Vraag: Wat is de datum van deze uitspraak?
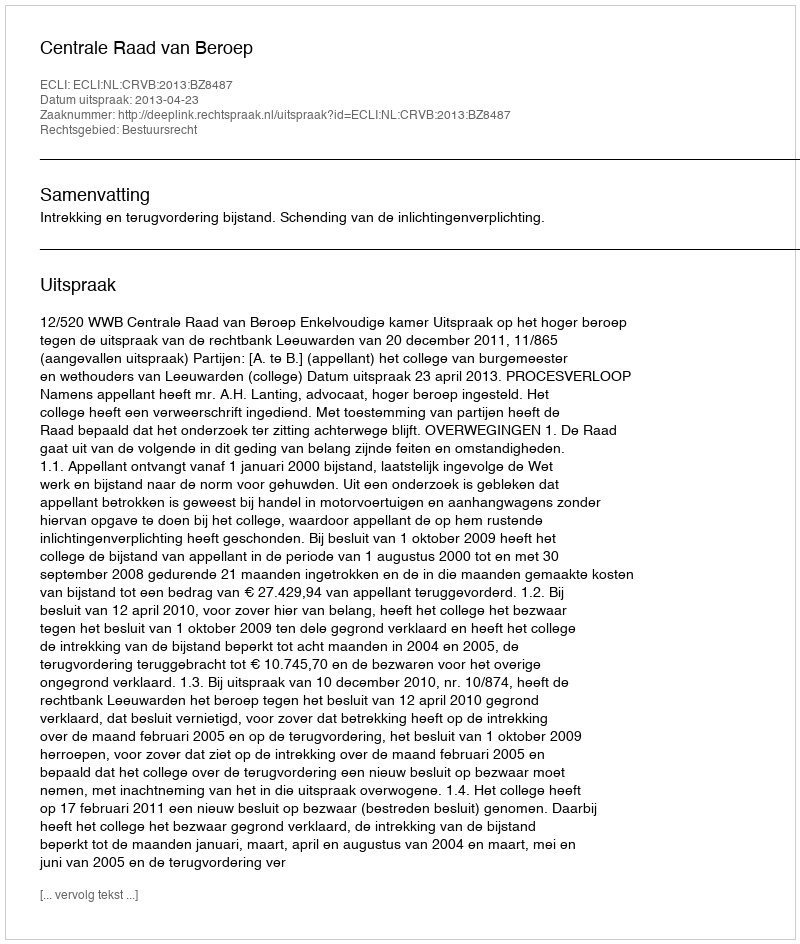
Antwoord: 2013-04-23